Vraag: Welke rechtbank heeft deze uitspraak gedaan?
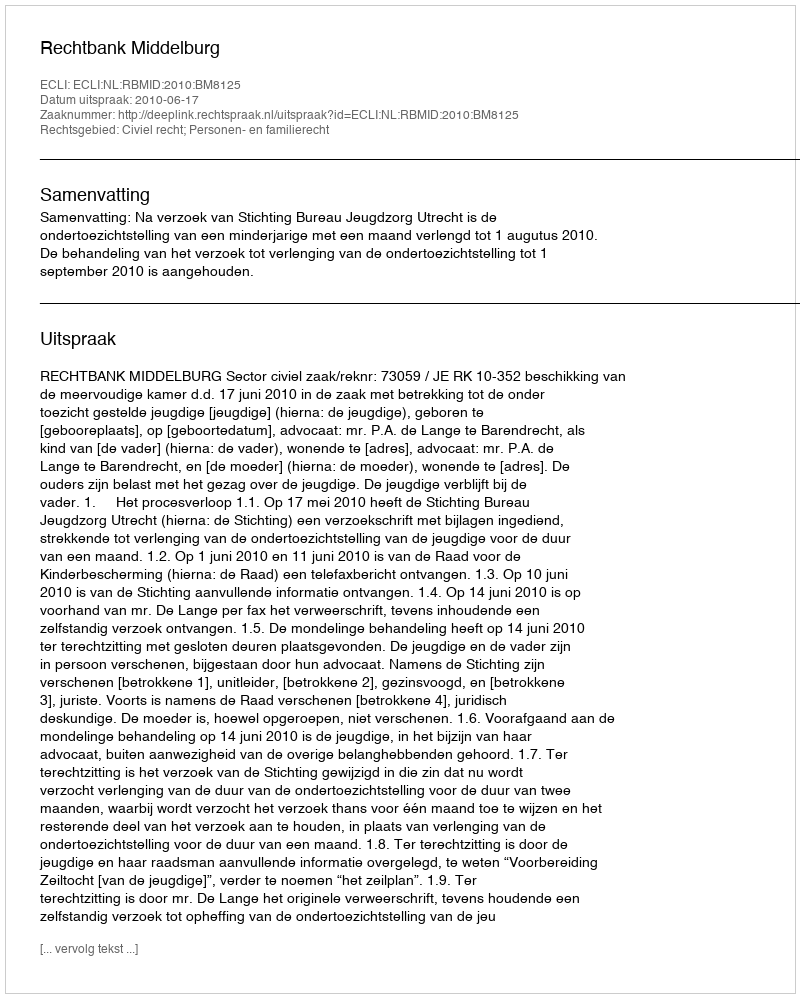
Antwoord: Rechtbank Middelburg